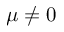
\mu \ne 0